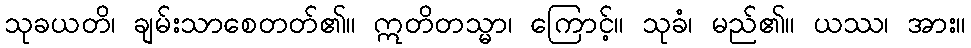
သုခယတိ၊ ချမ်းသာစေတတ်၏။ ဣတိတသ္မာ၊ ကြောင့်။ သုခံ၊ မည်၏။ ယဿ၊ အား။